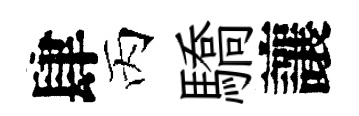
肆丙驕讓